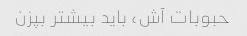
حبوبات آش، باید بیشتر بپزن